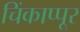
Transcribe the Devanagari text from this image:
चिंकाप्पूर